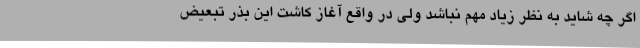
اگر چه شاید به نظر زیاد مهم نباشد ولی در واقع آغاز کاشت این بذر تبعیض